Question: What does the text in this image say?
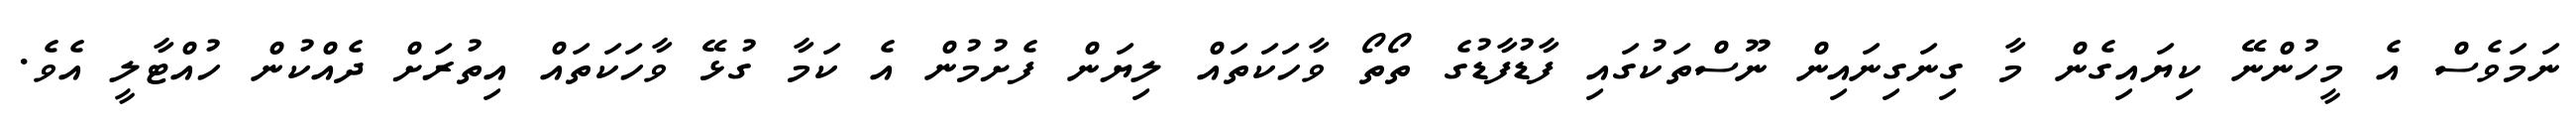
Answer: ނަމަވެސް އެ މީހުންނޭ ކިޔައިގެން މާ ގިނަގިނައިން ނޫސްތަކުގައި ފާޑުފާޑުގެ ތޯތޯ ވާހަކަތައް ލިޔަން ފެށުމުން އެ ކަމާ ގުޅޭ ވާހަކަތައް އިތުރަށް ދެއްކުން ހުއްޓާލީ އެވެ.